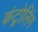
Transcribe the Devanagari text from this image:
कंट्रोलिंग